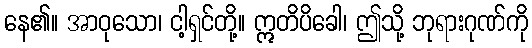
နေ၏။ အာဝုသော၊ ငါ့ရှင်တို့။ ဣတိပိခေါ၊ ဤသို့ ဘုရားဂုဏ်ကို